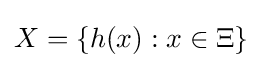
X=\{h(x):x\in \Xi \}